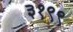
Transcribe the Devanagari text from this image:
३१९९